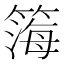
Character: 𬕧